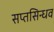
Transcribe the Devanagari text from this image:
सप्तसिन्धव